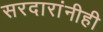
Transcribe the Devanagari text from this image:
सरदारांनीही